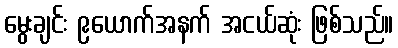
မွေးချင်း ၉ယောက်အနက် အငယ်ဆုံး ဖြစ်သည်။